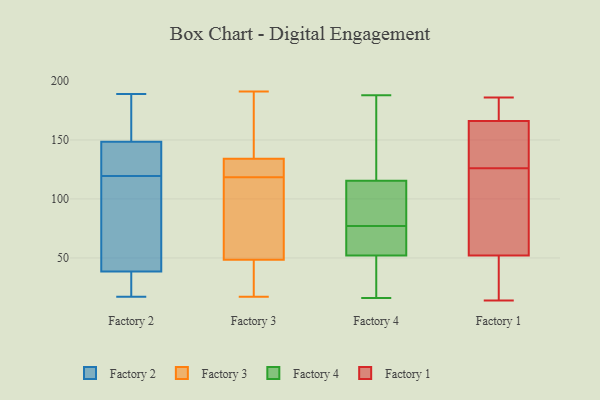
{"axis": {"x": "Humidity (%)", "y": "Value"}, "legend": ["Factory 1", "Factory 2", "Factory 3", "Factory 4"], "data": [{"x": "", "y": 157, "type": "Factory 2"}, {"x": "", "y": 38, "type": "Factory 2"}, {"x": "", "y": 94, "type": "Factory 2"}, {"x": "", "y": 182, "type": "Factory 2"}, {"x": "", "y": 29, "type": "Factory 2"}, {"x": "", "y": 23, "type": "Factory 2"}, {"x": "", "y": 115, "type": "Factory 2"}, {"x": "", "y": 124, "type": "Factory 2"}, {"x": "", "y": 86, "type": "Factory 2"}, {"x": "", "y": 130, "type": "Factory 2"}, {"x": "", "y": 17, "type": "Factory 2"}, {"x": "", "y": 138, "type": "Factory 2"}, {"x": "", "y": 125, "type": "Factory 2"}, {"x": "", "y": 164, "type": "Factory 2"}, {"x": "", "y": 92, "type": "Factory 2"}, {"x": "", "y": 140, "type": "Factory 2"}, {"x": "", "y": 189, "type": "Factory 2"}, {"x": "", "y": 39, "type": "Factory 2"}, {"x": "", "y": 157, "type": "Factory 2"}, {"x": "", "y": 34, "type": "Factory 2"}, {"x": "", "y": 138, "type": "Factory 3"}, {"x": "", "y": 60, "type": "Factory 3"}, {"x": "", "y": 191, "type": "Factory 3"}, {"x": "", "y": 50, "type": "Factory 3"}, {"x": "", "y": 17, "type": "Factory 3"}, {"x": "", "y": 118, "type": "Factory 3"}, {"x": "", "y": 47, "type": "Factory 3"}, {"x": "", "y": 157, "type": "Factory 3"}, {"x": "", "y": 124, "type": "Factory 3"}, {"x": "", "y": 119, "type": "Factory 3"}, {"x": "", "y": 130, "type": "Factory 3"}, {"x": "", "y": 36, "type": "Factory 3"}, {"x": "", "y": 16, "type": "Factory 4"}, {"x": "", "y": 112, "type": "Factory 4"}, {"x": "", "y": 33, "type": "Factory 4"}, {"x": "", "y": 56, "type": "Factory 4"}, {"x": "", "y": 183, "type": "Factory 4"}, {"x": "", "y": 160, "type": "Factory 4"}, {"x": "", "y": 69, "type": "Factory 4"}, {"x": "", "y": 48, "type": "Factory 4"}, {"x": "", "y": 73, "type": "Factory 4"}, {"x": "", "y": 86, "type": "Factory 4"}, {"x": "", "y": 78, "type": "Factory 4"}, {"x": "", "y": 119, "type": "Factory 4"}, {"x": "", "y": 76, "type": "Factory 4"}, {"x": "", "y": 188, "type": "Factory 4"}, {"x": "", "y": 16, "type": "Factory 4"}, {"x": "", "y": 88, "type": "Factory 4"}, {"x": "", "y": 118, "type": "Factory 1"}, {"x": "", "y": 125, "type": "Factory 1"}, {"x": "", "y": 130, "type": "Factory 1"}, {"x": "", "y": 52, "type": "Factory 1"}, {"x": "", "y": 64, "type": "Factory 1"}, {"x": "", "y": 14, "type": "Factory 1"}, {"x": "", "y": 186, "type": "Factory 1"}, {"x": "", "y": 179, "type": "Factory 1"}, {"x": "", "y": 39, "type": "Factory 1"}, {"x": "", "y": 145, "type": "Factory 1"}, {"x": "", "y": 23, "type": "Factory 1"}, {"x": "", "y": 166, "type": "Factory 1"}, {"x": "", "y": 178, "type": "Factory 1"}, {"x": "", "y": 127, "type": "Factory 1"}]}